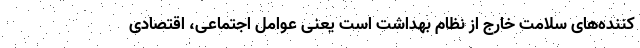
کننده‌های سلامت خارج از نظام بهداشت است یعنی عوامل اجتماعی، اقتصادی